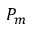
P _ { m }